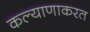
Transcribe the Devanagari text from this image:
कल्याणाकरत